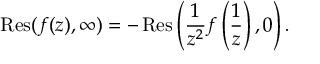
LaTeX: \operatorname { R e s } ( f ( z ) , \infty ) = - \operatorname { R e s } \left( { \frac { 1 } { z ^ { 2 } } } f \left( { \frac { 1 } { z } } \right) , 0 \right) .